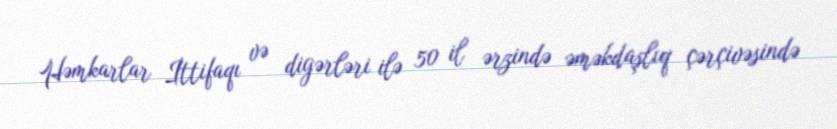
Həmkarlar İttifaqı və digərləri ilə 50 il ərzində əməkdaşlıq çərçivəsində